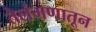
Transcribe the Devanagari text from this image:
तेलंगणातून